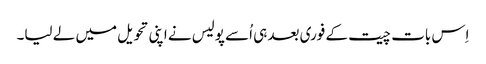
اِس بات چیت کے فوری بعد ہی اُسے پولیس نے اپنی تحویل میں لے لیا۔